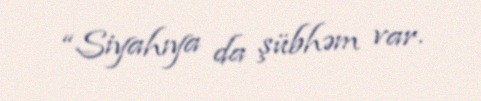
“Siyahıya da şübhəm var.